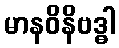
မာနဝိနိဗဒ္ဓါ